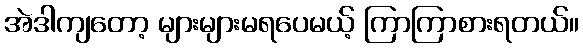
အဲဒါကျတော့ များများမရပေမယ့် ကြာကြာစားရတယ်။